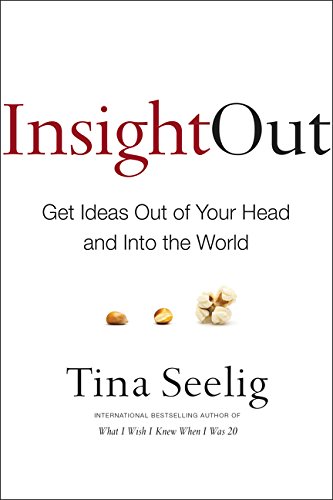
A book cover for Insight Out: Get Ideas Out of Your Head and Into the World; Tina Seelig; Business & Money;